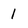
Character: I